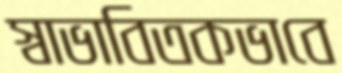
স্বাভাবিতকভাবে